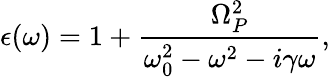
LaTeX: \epsilon(\omega)=1+\frac{\Omega_{P}^{2}}{\omega_{0}^{2}-\omega^{2}-i\gamma\omega},